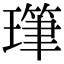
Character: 㻶